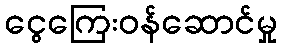
ငွေကြေးဝန်ဆောင်မှု